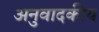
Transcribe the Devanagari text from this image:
अनुवादकीय